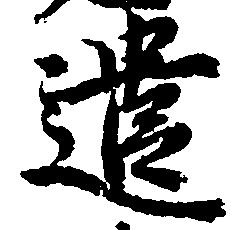
遣